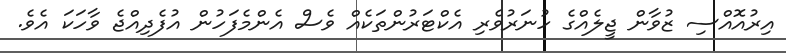
އިރުއޮއްސި ޒުވާން ޖީލެއްގެ ހުނަރުވެރި އެކްޓަރުންތަކެއް ވެސް އެންމެފަހުން އުފެދިއްޖެ ވާހަކަ އެވެ.